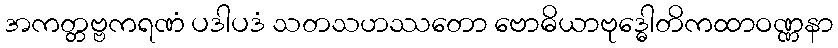
အကတ္တဗ္ဗကရဏံ ပဒါပဒံ သတသဟဿတော ဗောဓိယာဗုဒ္ဓေါတိကထာဝဏ္ဏနာ